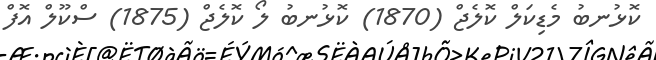
ކޮޅުނބު މެޑިކަލް ކޮލެޖް (1870) ކޮޅުނބު ލޯ ކޮލެޖް (1875) ސްކޫލް އޮފް